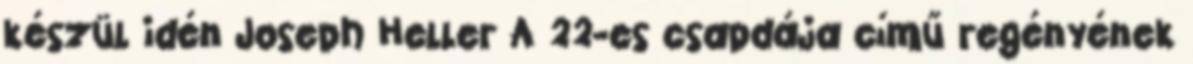
készül idén Joseph Heller A 22-es csapdája című regényének